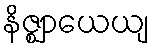
နိဇ္ဈာယေယျ